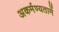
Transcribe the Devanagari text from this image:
अकर्मण्यतामें